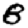
Digit: 8